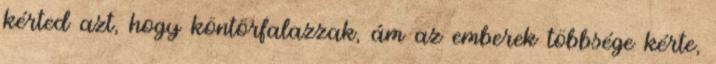
kérted azt, hogy köntörfalazzak, ám az emberek többsége kérte,